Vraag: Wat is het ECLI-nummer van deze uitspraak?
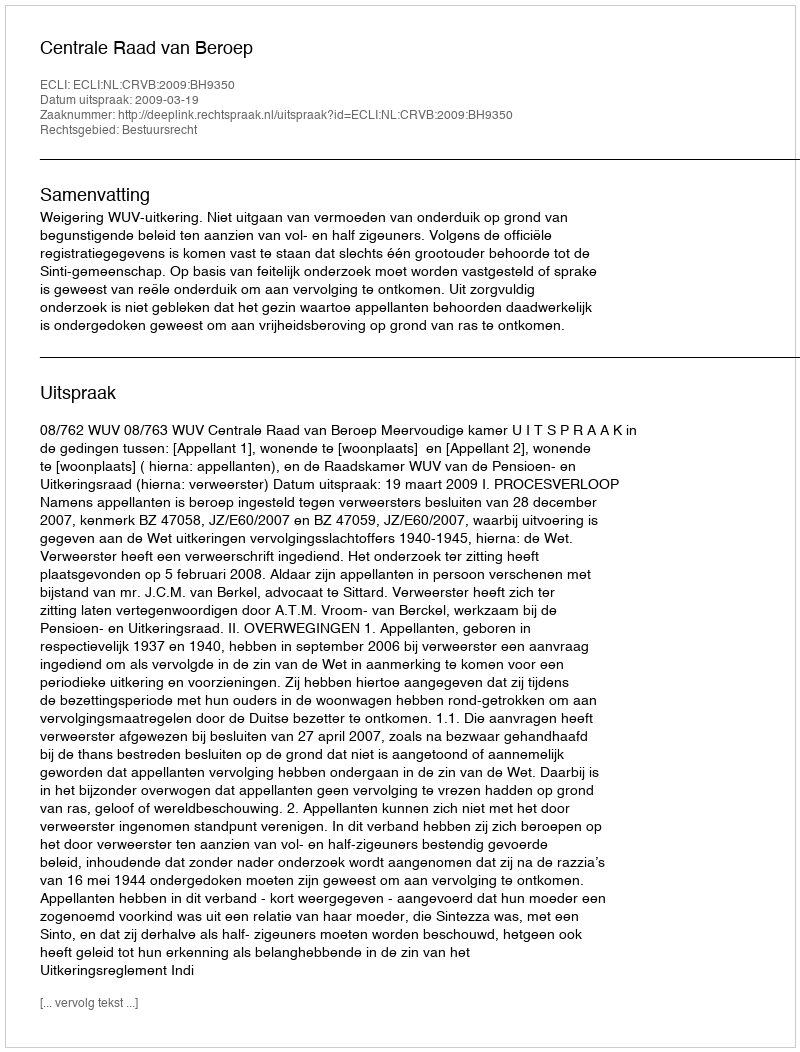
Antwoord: ECLI:NL:CRVB:2009:BH9350